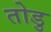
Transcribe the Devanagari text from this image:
तोडु